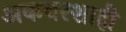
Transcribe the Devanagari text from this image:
अकबरशाही